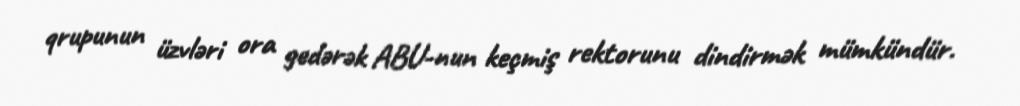
qrupunun üzvləri ora gedərək ABU-nun keçmiş rektorunu dindirmək mümkündür.